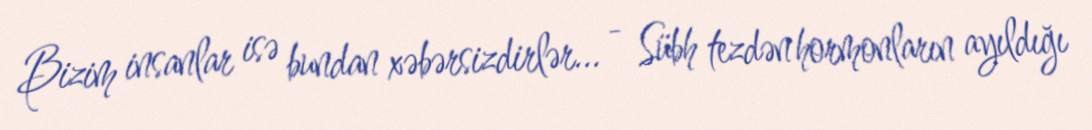
Bizim insanlar isə bundan xəbərsizdirlər... - Sübh tezdən hormonların ayıldığı